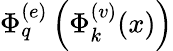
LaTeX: \Phi_{q}^{(e)}\left(\Phi_{k}^{(v)}(x)\right)